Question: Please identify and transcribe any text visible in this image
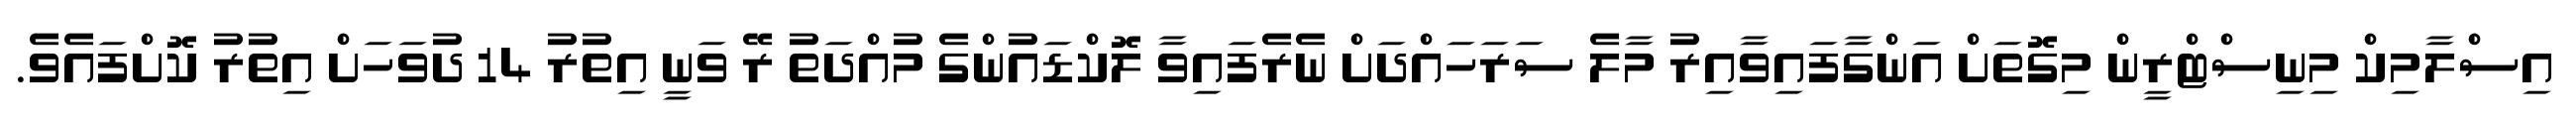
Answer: އިސްލާމިކް މިނިސްޓްރީން މިގޮތަށް އަންގާފައިވާއިރު މާލެ ސަރަހައްދަށް ނެރެފައިވާ ލޮކްޑައުންގެ މުއްދަތު ރޭ ވަނީ އިތުރު 14 ދުވަހަށް އިތުރު ކޮށްފައެވެ.